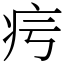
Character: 疞